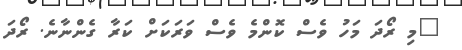
"މި ރޯދަ މަހު ވެސް ކޮންމެ ވެސް ވަރަކަށް ކަރާ ގެންނާނެ. ރޯދަ